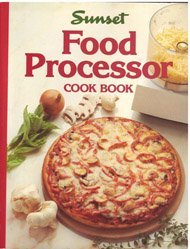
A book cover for Food Processor Cook Book; Editors of Sunset Books and Sunset Magazine; Cookbooks, Food & Wine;